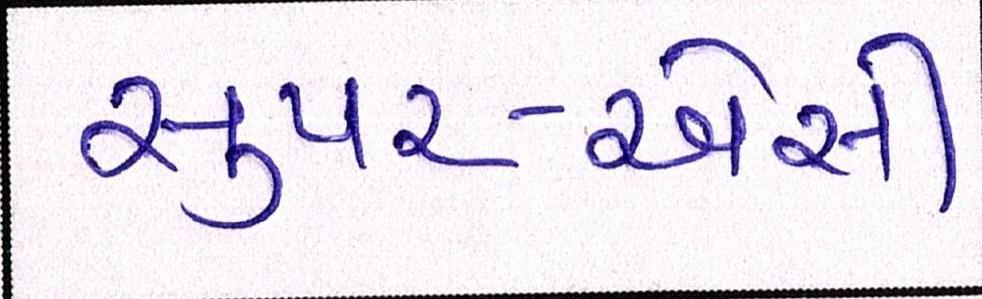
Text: સુપર-એસી